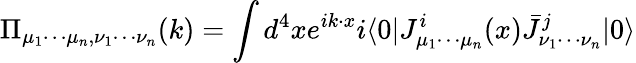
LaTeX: \Pi_{\mu_{1}\cdots\mu_{n},\nu_{1}\cdots\nu_{n}}(k)=\int d^{4}xe^{ik\cdot x}i\langle 0|J_{\mu_{1}\cdots\mu_{n}}^{i}(x)\bar{J}_{\nu_{1}\cdots\nu_{n}}^{j}|0\rangle